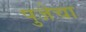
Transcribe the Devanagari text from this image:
पुजेचा